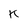
Character: K